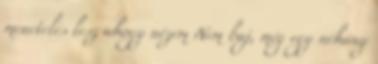
menetelés lesz ahogy nézem Nem baj, még egy néhány